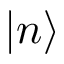
| { n } \rangle